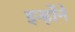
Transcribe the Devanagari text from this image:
इन्होेंने